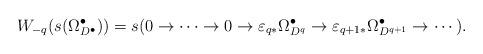
LaTeX: \begin{align*}W_{-q}(s(\Omega^{\bullet}_{D^{\bullet}}))=s(0\to \cdots \to 0 \to \varepsilon _{q*}\Omega^{\bullet}_{D^q}\to \varepsilon _{q+1*}\Omega^{\bullet}_{D^{q+1}}\to \cdots). \end{align*}